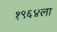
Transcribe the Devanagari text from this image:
१९६४ला